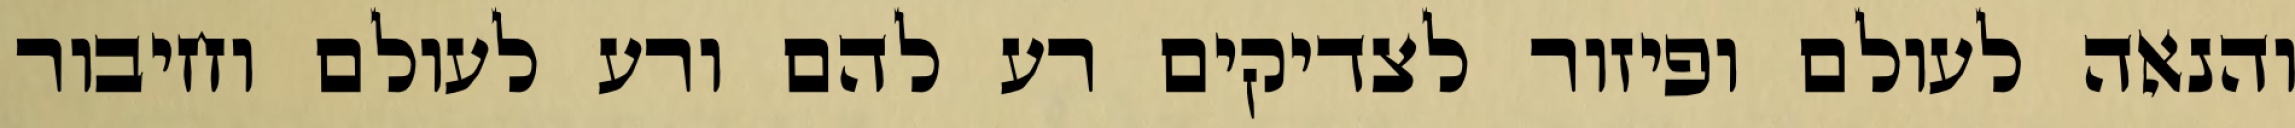
והנאה לעולם ופיזור לצדיקים רע להם ורע לעולם וחיבור